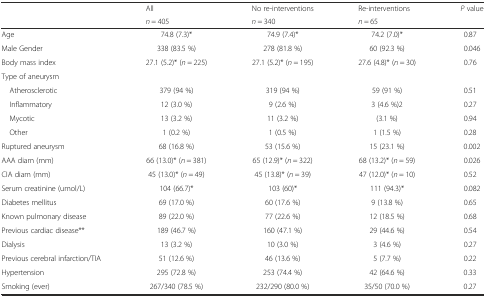
<table><thead><tr><td rowspan="2"></td><td><b>All</b></td><td><b>No re-interventions</b></td><td><b>Re-interventions</b></td><td rowspan="2"><b><i>P</i> value</b></td></tr><tr><td><b><i>n</i> = 405</b></td><td><b><i>n</i> = 340</b></td><td><b><i>n</i> = 65</b></td></tr></thead><tbody><tr><td>Age</td><td>74.8 (7.3)*</td><td>74.9 (7.4)*</td><td>74.2 (7.0)*</td><td>0.87</td></tr><tr><td>Male Gender</td><td>338 (83.5 %)</td><td>278 (81.8 %)</td><td>60 (92.3 %)</td><td>0.046</td></tr><tr><td>Body mass index</td><td>27.1 (5.2)* (<i>n</i> = 225)</td><td>27.1 (5.2)* (<i>n</i> = 195)</td><td>27.6 (4.8)* (<i>n</i> = 30)</td><td>0.76</td></tr><tr><td>Type of aneurysm</td><td></td><td></td><td></td><td></td></tr><tr><td> Atherosclerotic</td><td>379 (94 %)</td><td>319 (94 %)</td><td>59 (91 %)</td><td>0.51</td></tr><tr><td> Inflammatory</td><td>12 (3.0 %)</td><td>9 (2.6 %)</td><td>3 (4.6 %)2</td><td>0.27</td></tr><tr><td> Mycotic</td><td>13 (3.2 %)</td><td>11 (3.2 %)</td><td>(3.1 %)</td><td>0.94</td></tr><tr><td> Other</td><td>1 (0.2 %)</td><td>1 (0.5 %)</td><td>1 (1.5 %)</td><td>0.28</td></tr><tr><td>Ruptured aneurysm</td><td>68 (16.8 %)</td><td>53 (15.6 %)</td><td>15 (23.1 %)</td><td>0.002</td></tr><tr><td>AAA diam (mm)</td><td>66 (13.0)* (<i>n</i> = 381)</td><td>65 (12.9)* (<i>n</i> = 322)</td><td>68 (13.2)* (<i>n</i> = 59)</td><td>0.026</td></tr><tr><td>CIA diam (mm)</td><td>45 (13.0)* (<i>n</i> = 49)</td><td>45 (13.8)* (<i>n</i> = 39)</td><td>47 (12.0)* (<i>n</i> = 10)</td><td>0.52</td></tr><tr><td>Serum creatinine (umol/L)</td><td>104 (66.7)*</td><td>103 (60)*</td><td>111 (94.3)*</td><td>0.082</td></tr><tr><td>Diabetes mellitus</td><td>69 (17.0 %)</td><td>60 (17.6 %)</td><td>9 (13.8 %)</td><td>0.65</td></tr><tr><td>Known pulmonary disease</td><td>89 (22.0 %)</td><td>77 (22.6 %)</td><td>12 (18.5 %)</td><td>0.68</td></tr><tr><td>Previous cardiac disease**</td><td>189 (46.7 %)</td><td>160 (47.1 %)</td><td>29 (44.6 %)</td><td>0.54</td></tr><tr><td>Dialysis</td><td>13 (3.2 %)</td><td>10 (3.0 %)</td><td>3 (4.6 %)</td><td>0.27</td></tr><tr><td>Previous cerebral infarction/TIA</td><td>51 (12.6 %)</td><td>46 (13.6 %)</td><td>5 (7.7 %)</td><td>0.22</td></tr><tr><td>Hypertension</td><td>295 (72.8 %)</td><td>253 (74.4 %)</td><td>42 (64.6 %)</td><td>0.33</td></tr><tr><td>Smoking (ever)</td><td>267/340 (78.5 %)</td><td>232/290 (80.0 %)</td><td>35/50 (70.0 %)</td><td>0.27</td></tr></tbody></table>